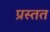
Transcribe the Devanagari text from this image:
प्रस्तत